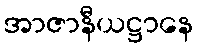
အာဇာနီယဋ္ဌာနေ